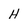
Character: H